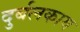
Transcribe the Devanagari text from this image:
दुर्बलकाय